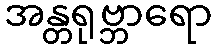
အန္တရုဗ္ဘာရော